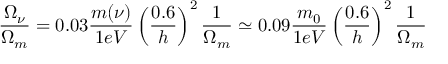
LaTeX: \frac { \Omega _ { \nu } } { \Omega _ { m } } = 0 . 0 3 \frac { m ( \nu ) } { 1 e V } \left( \frac { 0 . 6 } { h } \right) ^ { 2 } \frac { 1 } { \Omega _ { m } } \simeq 0 . 0 9 \frac { m _ { 0 } } { 1 e V } \left( \frac { 0 . 6 } { h } \right) ^ { 2 } \frac { 1 } { \Omega _ { m } }